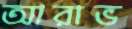
আরাভ